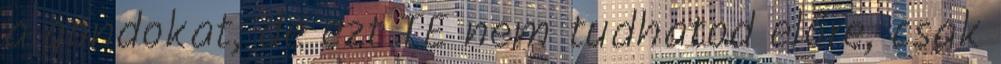
a gondokat, de ezt TE nem tudhatod előre, csak